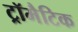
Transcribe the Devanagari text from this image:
ट्रॉमैटिक